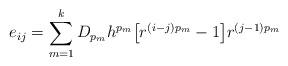
LaTeX: \begin{align*} e_{ij} = \sum_{m=1}^{k} D_{p_m} h^{p_m} \big[ r^{(i-j)p_m} - 1 \big] r^{(j-1)p_m} \end{align*}